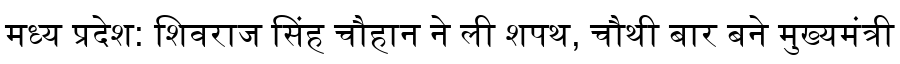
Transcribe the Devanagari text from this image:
मध्य प्रदेश: शिवराज सिंह चौहान ने ली शपथ, चौथी बार बने मुख्यमंत्री